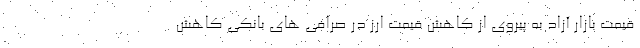
قیمت بازار آزاد به پیروی از کاهش قیمت ارز در صرافی های بانکی کاهش